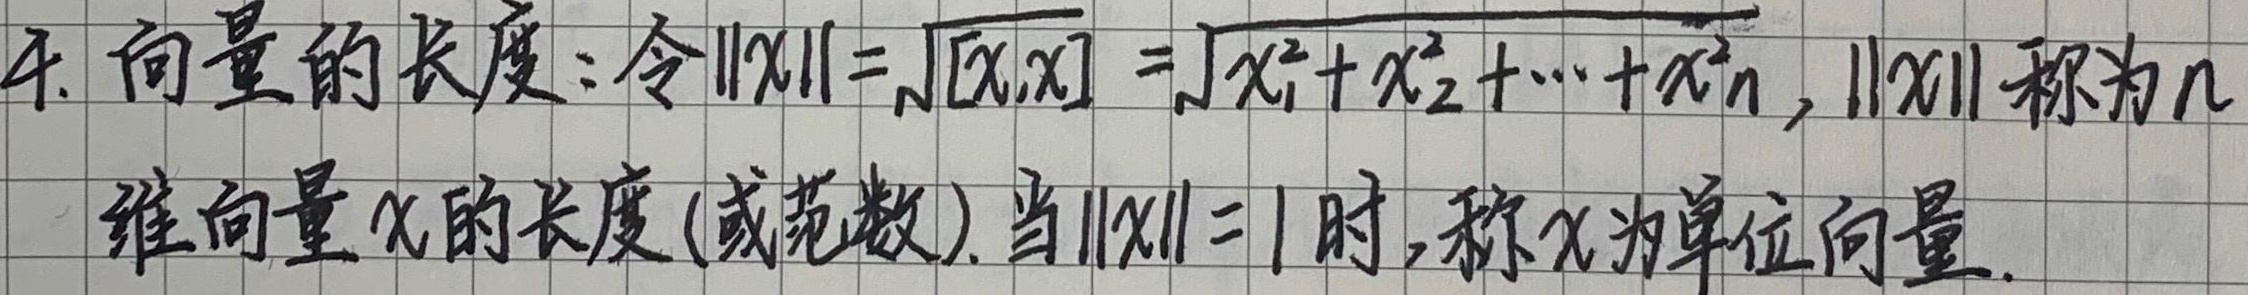
4. 向量的长度：令\(\|\boldsymbol{x}\|=\sqrt{[\boldsymbol{x},\boldsymbol{x}]} =\sqrt{x_{1}^{2}+x_{2}^{2}+\cdots +x_{n}^{2}}\)，\(\|\boldsymbol{x}\|\)称为\(n\)维向量\(\boldsymbol{x}\)的长度（或范数）。当\(\|\boldsymbol{x}\| = 1\)时，称\(\boldsymbol{x}\)为单位向量。